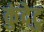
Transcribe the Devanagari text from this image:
कुंदेटु